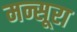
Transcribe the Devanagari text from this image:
मन्सूरा